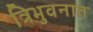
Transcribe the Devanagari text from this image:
त्रिभुवनात